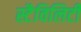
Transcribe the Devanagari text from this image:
स्टैविलिटी